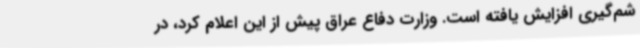
شم‌گیری افزایش یافته است. وزارت دفاع عراق پیش از این اعلام کرد، در